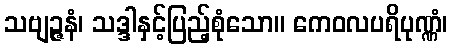
သဗျဉ္ဇနံ၊ သဒ္ဒါနှင့်ပြည့်စုံသော။ ကေဝလပရိပုဏ္ဏံ၊